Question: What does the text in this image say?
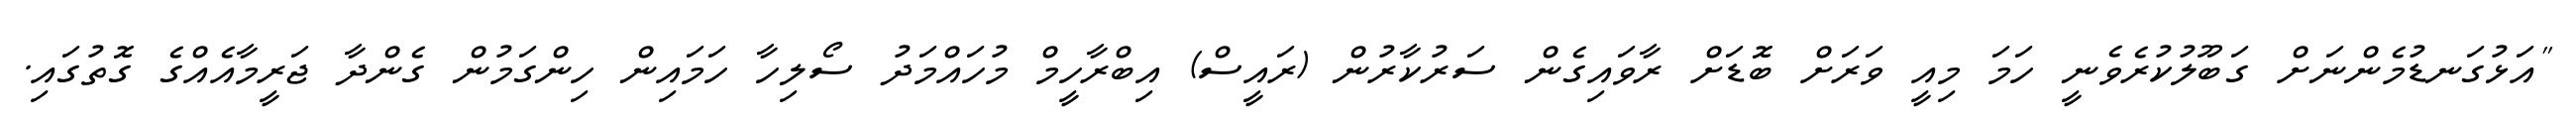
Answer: "އަޅުގަނޑުމެންނަށް ގަބޫލުކުރެވެނީ ހަމަ މިއީ ވަރަށް ބޮޑަށް ރާވައިގެން ސަރުކާރުން (ރައީސް) އިބްރާހީމް މުހައްމަދު ސޯލިހާ ހަމައިން ހިންގަމުން ގެންދާ ޖަރީމާއެއްގެ ގޮތުގައި.